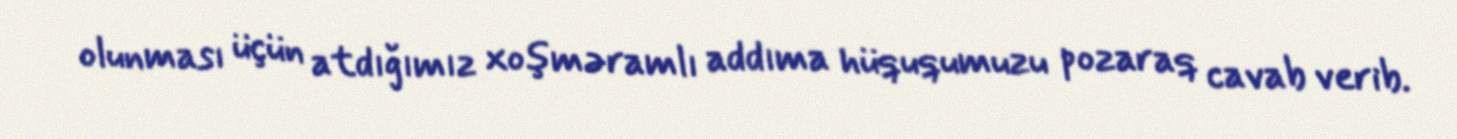
olunması üçün atdığımız xoşməramlı addıma hüququmuzu pozaraq cavab verib.